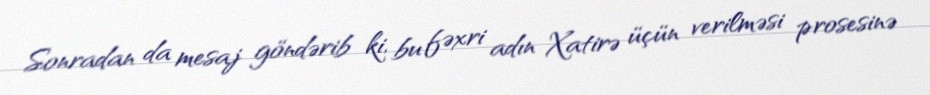
Sonradan da mesaj göndərib ki, bu fəxri adın Xatirə üçün verilməsi prosesinə